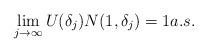
LaTeX: \begin{align*} \lim_{j\to\infty} U(\delta_{j})N(1,\delta_{j})=1a.s. \end{align*}